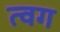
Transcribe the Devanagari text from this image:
त्वग